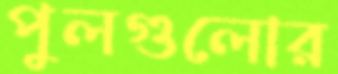
পুলগুলোর